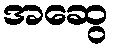
အဆွေ